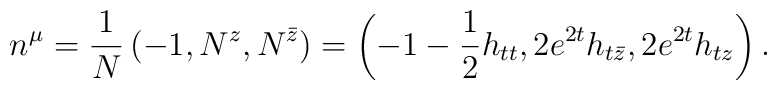
n^\mu = {1 \over N}\left(-1, N^z, N^{\bar{z}}\right)= \left( -1 - {1 \over 2} h_{tt}, 2 e^{2 t} h_{t \bar{z}},2 e^{2 t} h_{tz} \right).